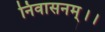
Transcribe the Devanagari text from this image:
निवासनम्।।